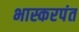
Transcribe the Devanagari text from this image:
भास्करपंत